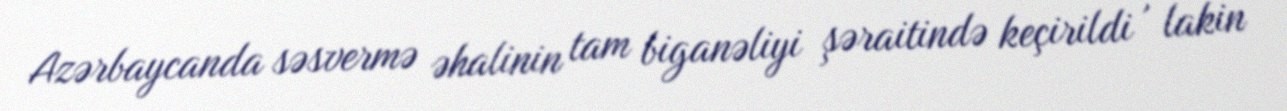
Azərbaycanda səsvermə əhalinin tam biganəliyi şəraitində keçirildi , lakin